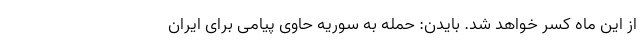
از این ماه کسر خواهد شد. بایدن: حمله به سوریه حاوی پیامی برای ایران